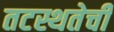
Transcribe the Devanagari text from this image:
तटस्थतेची